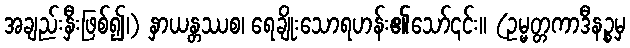
အချည်းနှီးဖြစ်၍၊) နှာယန္တဿစ၊ ရေချိုးသောရဟန်း၏သော်၎င်း။ (ဥမ္မတ္တကာဒီနဉ္စမှ